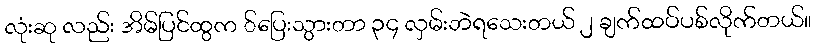
လုံးဆု လည်း အိမ်ပြင်ထွက ်ပြေးသွားတာ ၃၄ လှမ်းဘဲရသေးတယ် ၂ ချက်ထပ်ပစ်လိုက်တယ်။